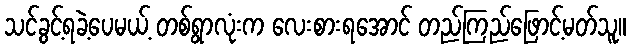
သင်ခွင့်ရခဲ့ပေမယ့် တစ်ရွာလုံးက လေးစားရအောင် တည်ကြည်ဖြောင့်မတ်သူ။